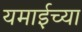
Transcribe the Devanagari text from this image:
यमाईच्या